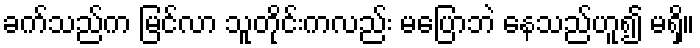
ခက်သည်က မြင်လာ သူတိုင်းကလည်း မပြောဘဲ နေသည်ဟူ၍ မရှိ။